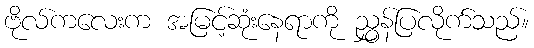
ဗိုလ်ကလေးက အမြင့်ဆုံးနေရာကို ညွှန်ပြလိုက်သည်။